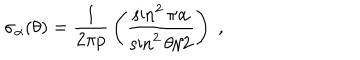
LaTeX: \sigma _ { \alpha } ( \theta ) = { \frac { 1 } { 2 \pi p } } \left( { \frac { \sin ^ { 2 } { \pi \alpha } } { \sin ^ { 2 } { \theta / 2 } } } \right) \; ,